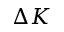
\Delta K